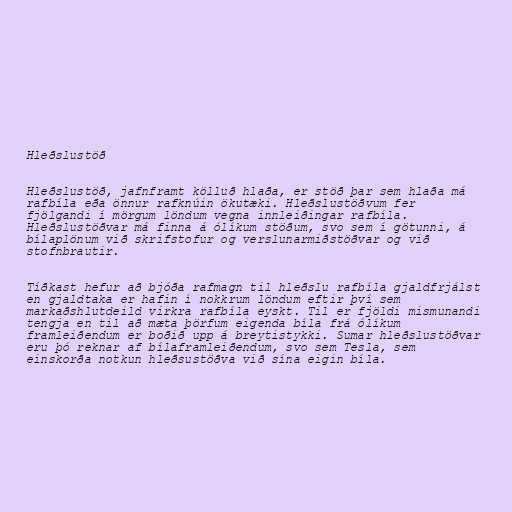
Hleðslustöð

Hleðslustöð, jafnframt kölluð hlaða, er stöð þar sem hlaða má
rafbíla eða önnur rafknúin ökutæki. Hleðslustöðvum fer
fjölgandi í mörgum löndum vegna innleiðingar rafbíla.
Hleðslustöðvar má finna á ólíkum stöðum, svo sem í götunni, á
bílaplönum við skrifstofur og verslunarmiðstöðvar og við
stofnbrautir.

Tíðkast hefur að bjóða rafmagn til hleðslu rafbíla gjaldfrjálst
en gjaldtaka er hafin í nokkrum löndum eftir því sem
markaðshlutdeild virkra rafbíla eyskt. Til er fjöldi mismunandi
tengja en til að mæta þörfum eigenda bíla frá ólíkum
framleiðendum er boðið upp á breytistykki. Sumar hleðslustöðvar
eru þó reknar af bílaframleiðendum, svo sem Tesla, sem
einskorða notkun hleðsustöðva við sína eigin bíla.